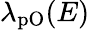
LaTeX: \lambda_{\mathrm{pO}}(E)